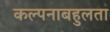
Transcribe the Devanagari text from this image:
कल्पनाबहुलता